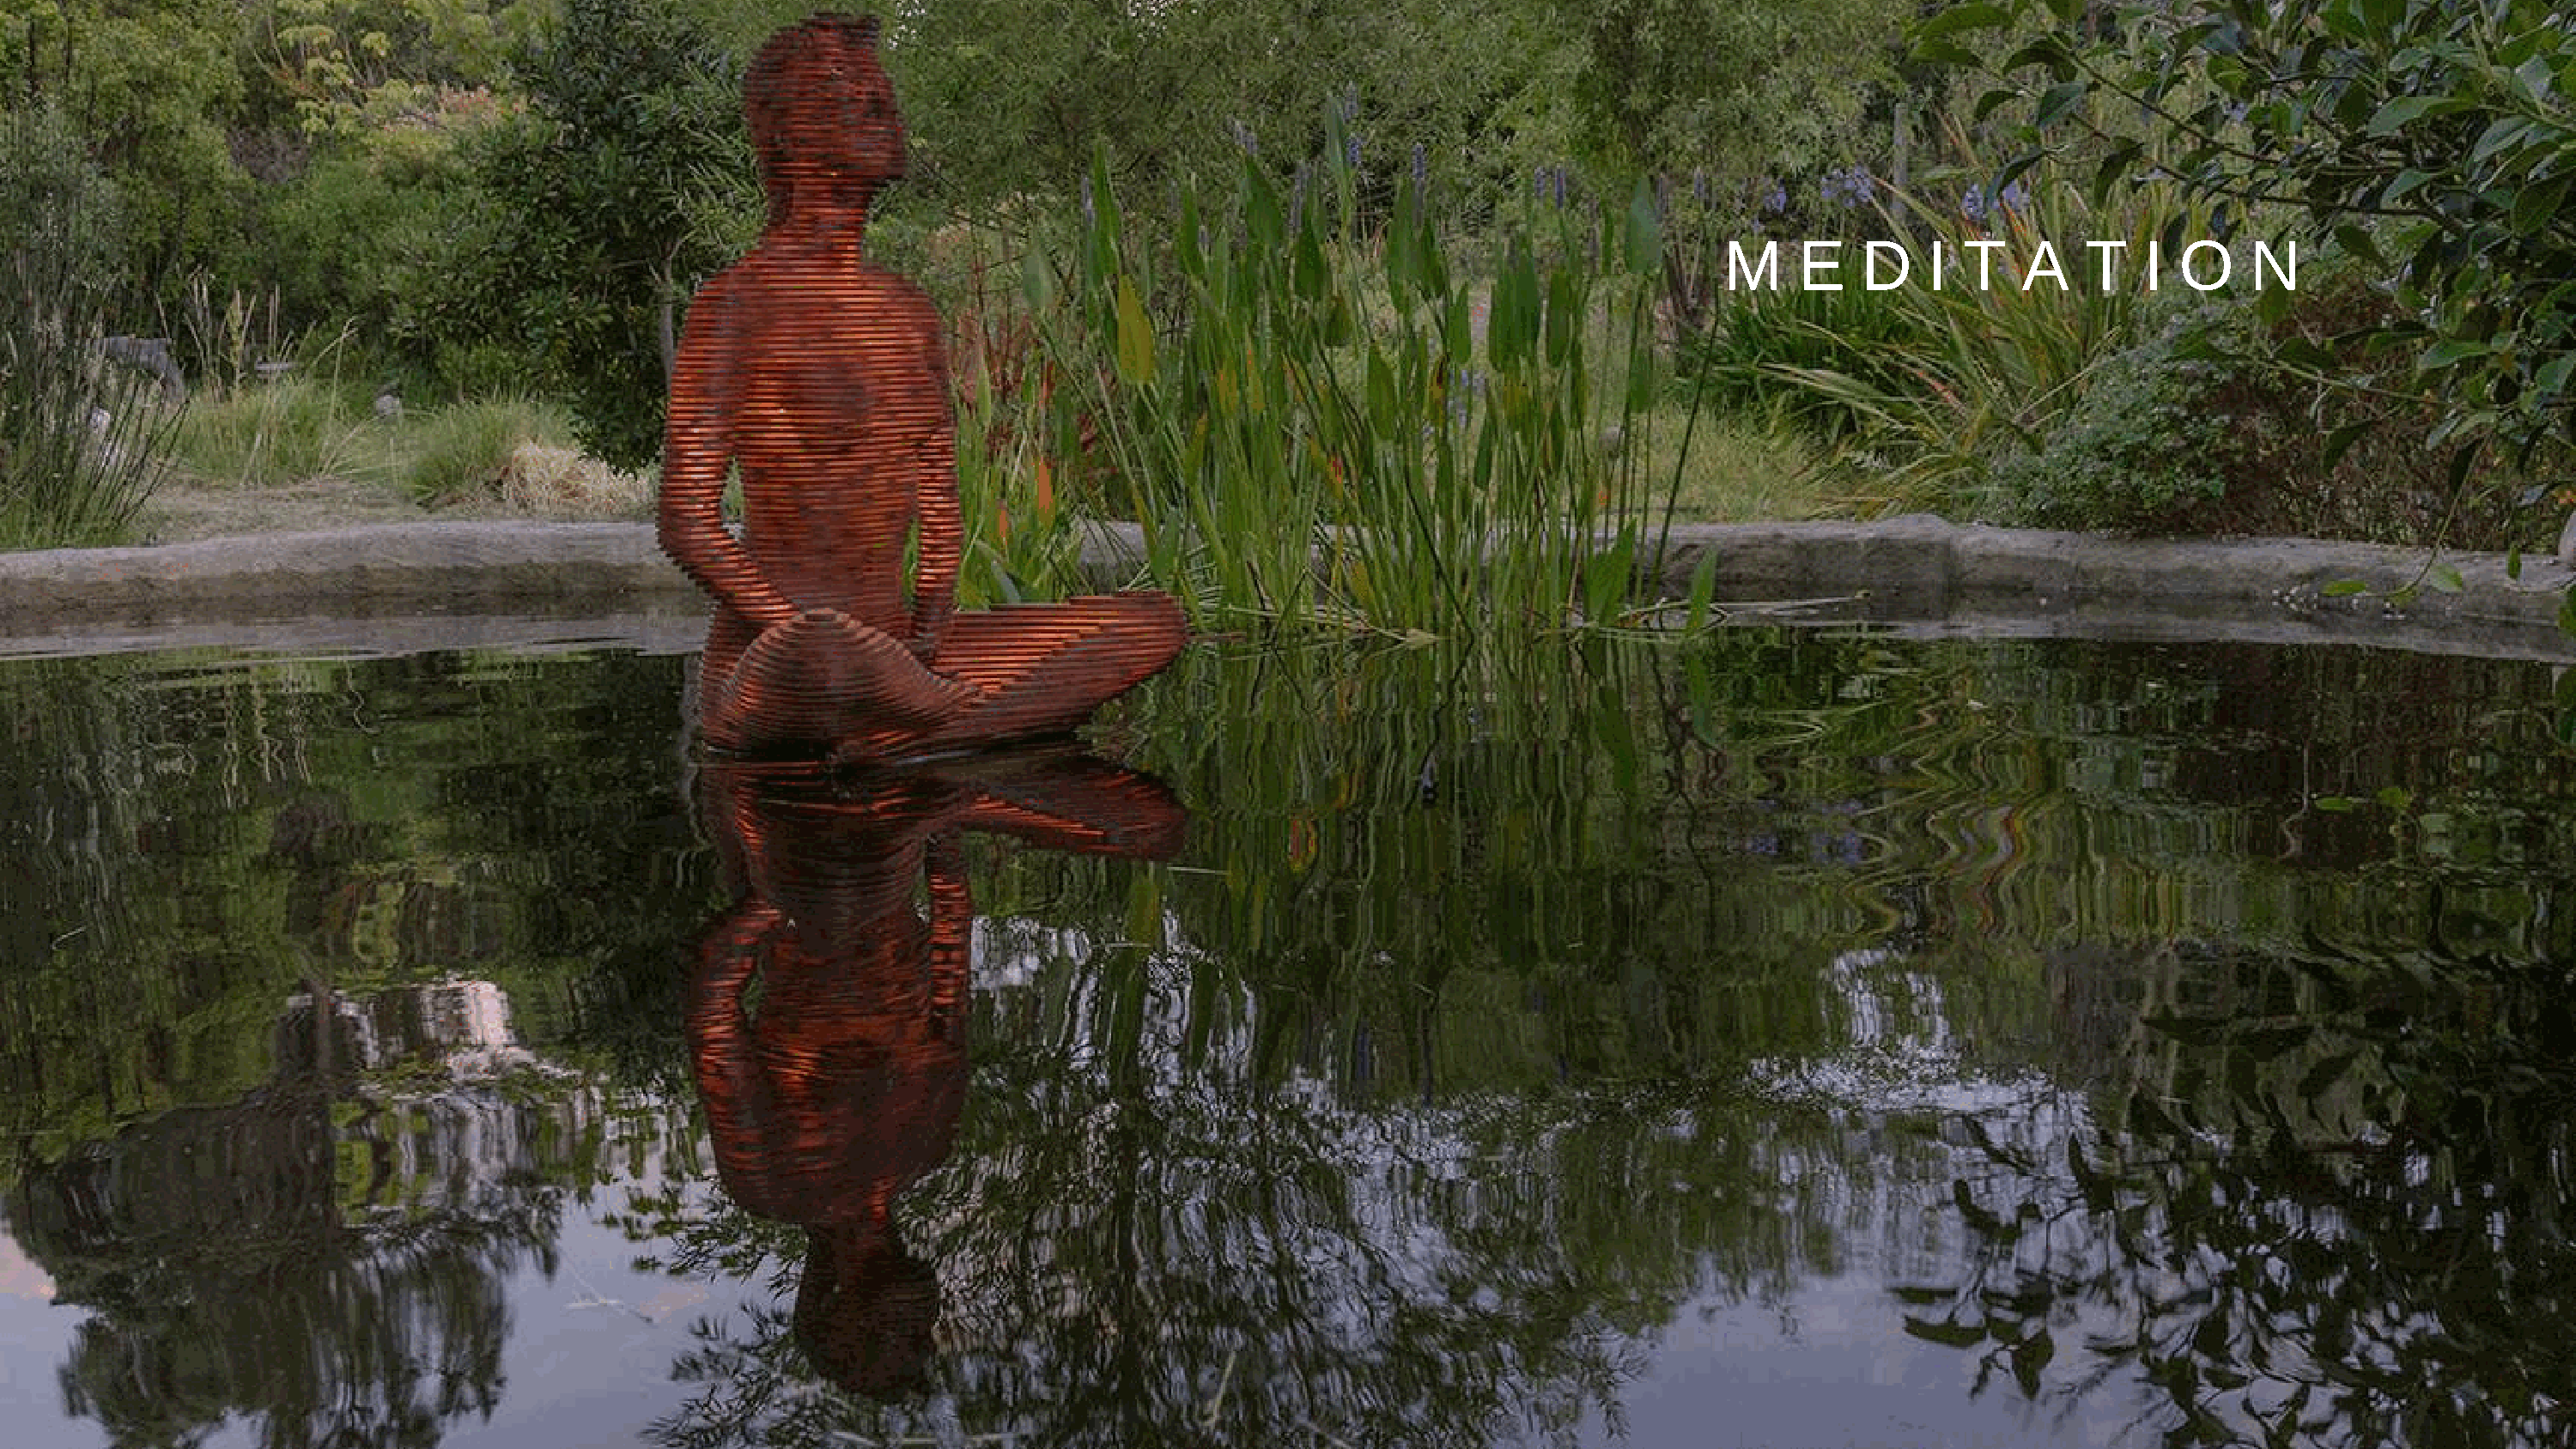
M     E   D     I T    A    T   I  O    N